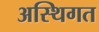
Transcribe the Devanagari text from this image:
अस्थिगत